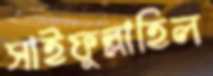
সাইফুল্লাহিল